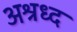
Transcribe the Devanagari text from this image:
अश्रध्द